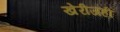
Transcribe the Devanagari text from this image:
खेरीजही